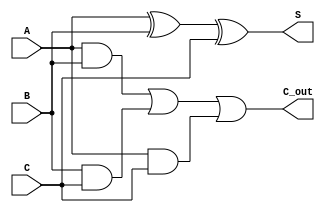
module CarrySaveAdder #(parameter n = 8) (
    input  [n-1:0] A,  // First n-bit input
    input  [n-1:0] B,  // Second n-bit input
    input  [n-1:0] C,  // Third n-bit input
    output [n-1:0] S,  // Sum output
    output [n-1:0] C_out // Carry output
);

    // Generate the Sum output using XOR
    assign S = A ^ B ^ C;

    // Generate the Carry output using majority logic
    assign C_out = (A & B) | (B & C) | (A & C);

endmodule